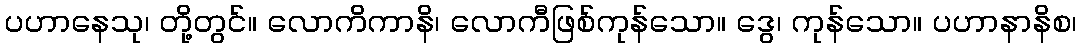
ပဟာနေသု၊ တို့တွင်။ လောကိကာနိ၊ လောကီဖြစ်ကုန်သော။ ဒွေ၊ ကုန်သော။ ပဟာနာနိစ၊